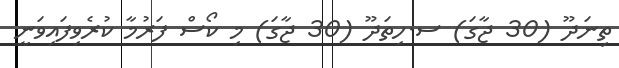
ތިނަދޫ (30 ޖާގަ) ސ.ހިތަދޫ (30 ޖާގަ) މި ކޯސް ފަރުމާ ކުރެވިފައިވަނީ